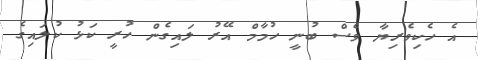
އެ ހެކިވެރިޔާ ވެސް ބުނީ ހުމާމް އޭރު ލައިގެން ހުރީ ކަޅު ކުލައިގެ